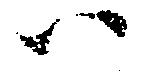
ハ